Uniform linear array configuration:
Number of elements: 4
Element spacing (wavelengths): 1
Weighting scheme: kaiser
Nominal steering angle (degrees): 30
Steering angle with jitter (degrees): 29.283
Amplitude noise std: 0.05
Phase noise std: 0.05

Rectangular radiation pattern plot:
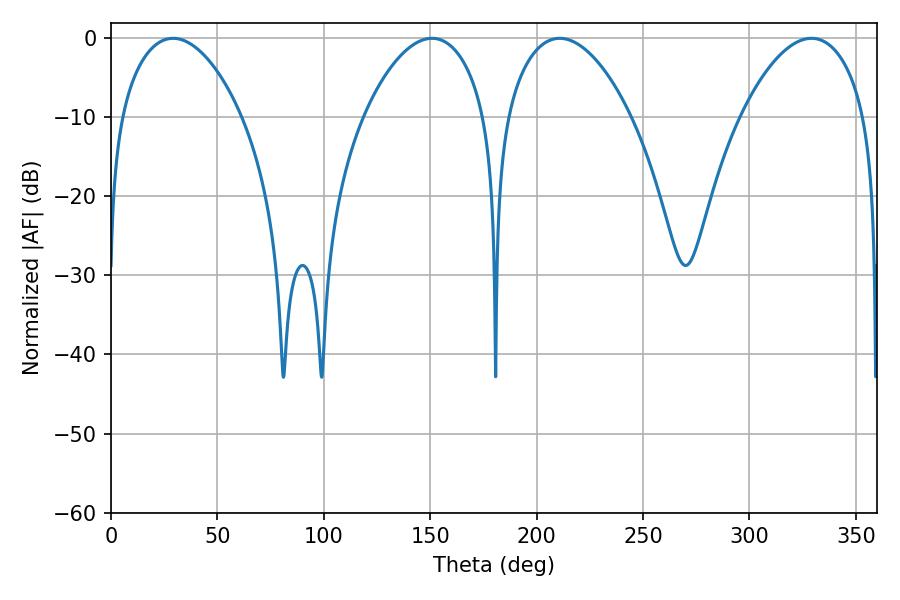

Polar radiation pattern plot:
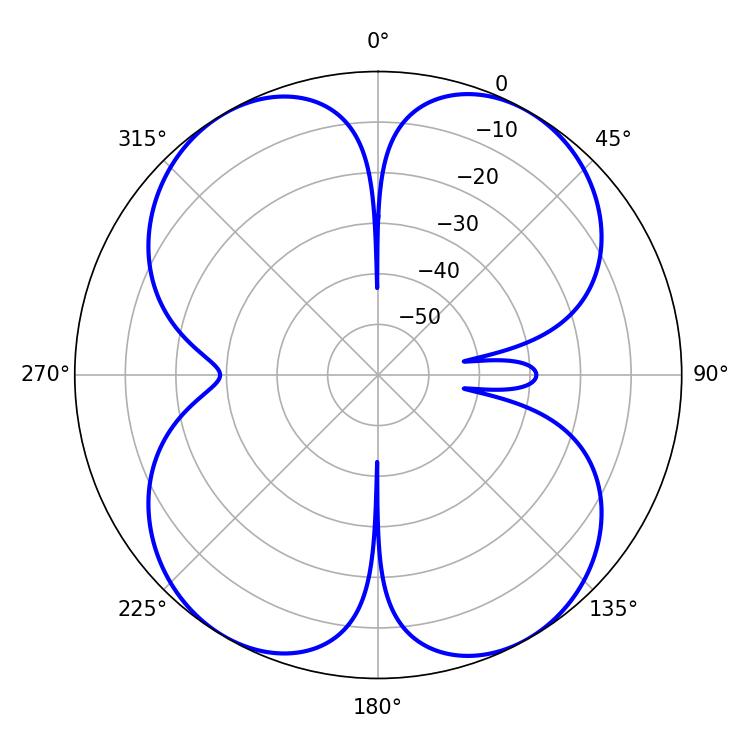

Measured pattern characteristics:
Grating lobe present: TRUE
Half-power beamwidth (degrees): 32.22
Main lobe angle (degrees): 29.16